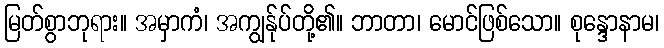
မြတ်စွာဘုရား။ အမှာကံ၊ အကျွန်ုပ်တို့၏။ ဘာတာ၊ မောင်ဖြစ်သော။ စုန္ဒောနာမ၊